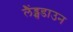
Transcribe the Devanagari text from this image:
लैंड्सडाउन